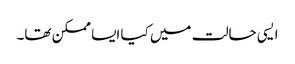
ایسی حالت میں کیا ایسا ممکن تھا۔